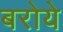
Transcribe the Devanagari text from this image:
बरोये